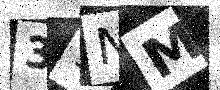
Text: 31NM